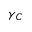
\gamma _ { C }